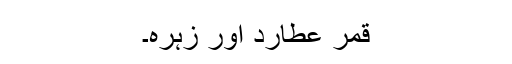
قمر عطارد اور زہرہ۔